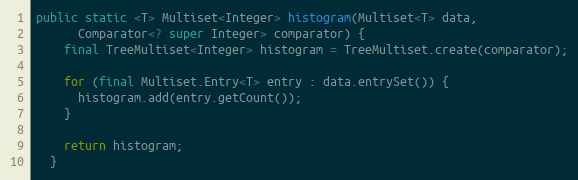
Language: Java
public static <T> Multiset<Integer> histogram(Multiset<T> data,
      Comparator<? super Integer> comparator) {
    final TreeMultiset<Integer> histogram = TreeMultiset.create(comparator);

    for (final Multiset.Entry<T> entry : data.entrySet()) {
      histogram.add(entry.getCount());
    }

    return histogram;
  }